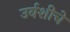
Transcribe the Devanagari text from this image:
उर्वशीचे